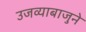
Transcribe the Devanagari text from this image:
उजव्याबाजुने